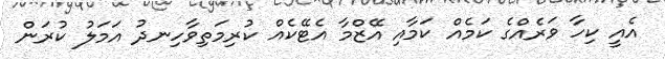
އެއީ ކިހާ ވަރެއްގެ ކަމެއް ކަމާއި އޭޒްމާ އެޓޭކެއް ކުރިމަތިވާހިނދު އަމަލު ކުރަން